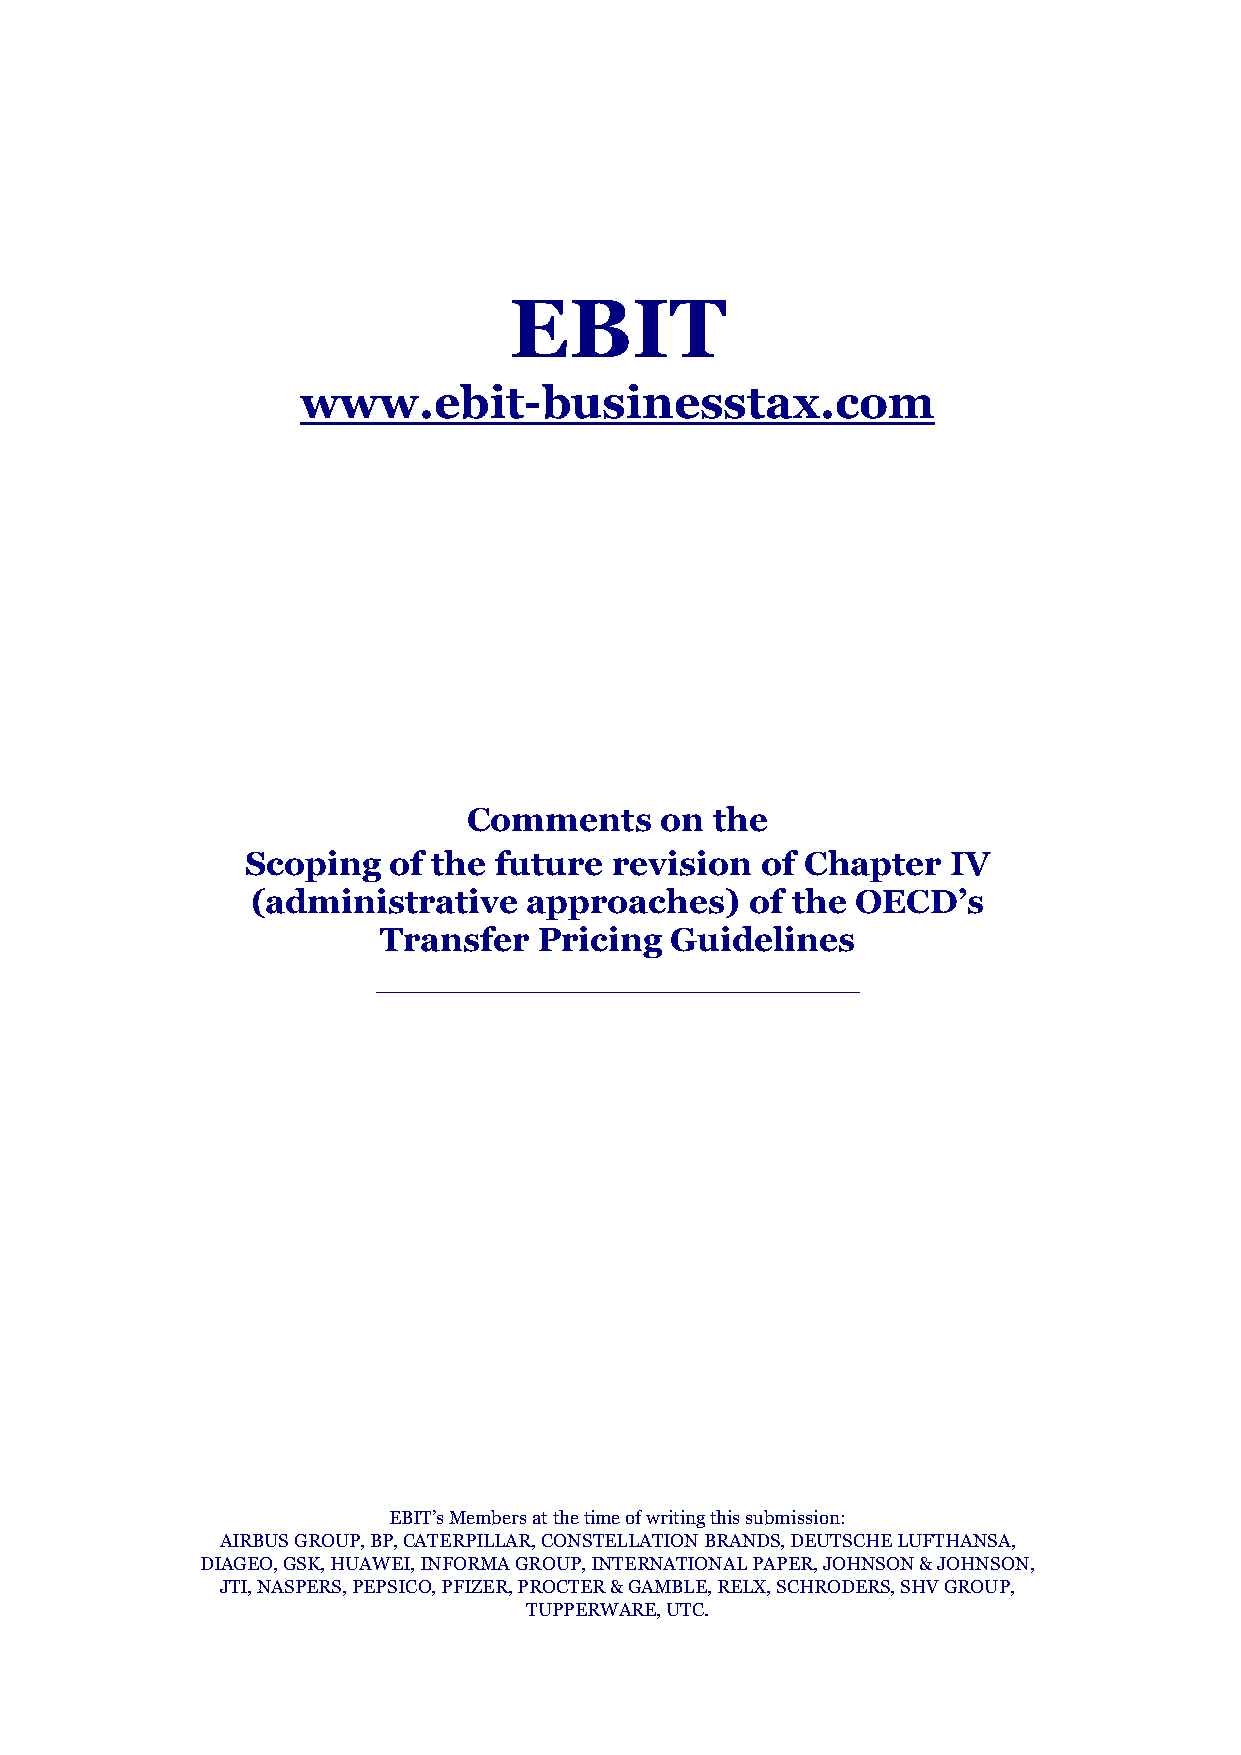
EBIT
 www.ebit-businesstax.com
 Comments     on the
 Scoping   of the future  revision of Chapter   IV
 (administrative   approaches)    of the OECD’s
 Transfer   Pricing Guidelines
 _________________________________
 EBIT’s Members at the time of writing this submission:
 AIRBUS GROUP, BP, CATERPILLAR, CONSTELLATION BRANDS, DEUTSCHE LUFTHANSA,
 DIAGEO, GSK, HUAWEI, INFORMA GROUP, INTERNATIONAL PAPER, JOHNSON & JOHNSON,
 JTI, NASPERS, PEPSICO, PFIZER, PROCTER & GAMBLE, RELX, SCHRODERS, SHV GROUP,
 TUPPERWARE, UTC.